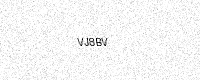
Text: VJ8BV